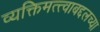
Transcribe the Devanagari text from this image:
व्यक्तिमत्त्वाबद्दलच्या